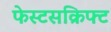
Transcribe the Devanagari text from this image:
फेस्टसक्रिफ्ट